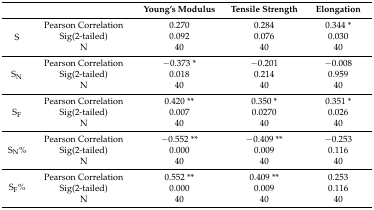
|  |  | Young’s Modulus | Tensile Strength | Elongation |
 | --- | --- | --- | --- | --- |
 | <ROWSPAN=3> S | Pearson Correlation | 0.270 | 0.284 | 0.344 * |
 | Sig(2-tailed) | 0.092 | 0.076 | 0.030 |
 | N | 40 | 40 | 40 |
 | <ROWSPAN=3> SN | Pearson Correlation | −0.373 * | −0.201 | −0.008 |
 | Sig(2-tailed) | 0.018 | 0.214 | 0.959 |
 | N | 40 | 40 | 40 |
 | <ROWSPAN=3> SF | Pearson Correlation | 0.420 ** | 0.350 * | 0.351 * |
 | Sig(2-tailed) | 0.007 | 0.0270 | 0.026 |
 | N | 40 | 40 | 40 |
 | <ROWSPAN=3> SN% | Pearson Correlation | −0.552 ** | −0.409 ** | −0.253 |
 | Sig(2-tailed) | 0.000 | 0.009 | 0.116 |
 | N | 40 | 40 | 40 |
 | <ROWSPAN=3> SF% | Pearson Correlation | 0.552 ** | 0.409 ** | 0.253 |
 | Sig(2-tailed) | 0.000 | 0.009 | 0.116 |
 | N | 40 | 40 | 40 |